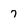
Character: 7